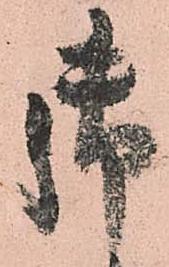
御